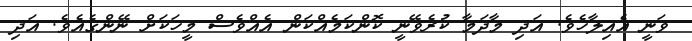
ވަނީ އެއިލާހެވެ. އަދި މާދަމާ ކުރެވޭނީ ކޮންކަމެއްކަން އެއްވެސް މީހަކަށް ނޭންގެއެވެ. އަދި